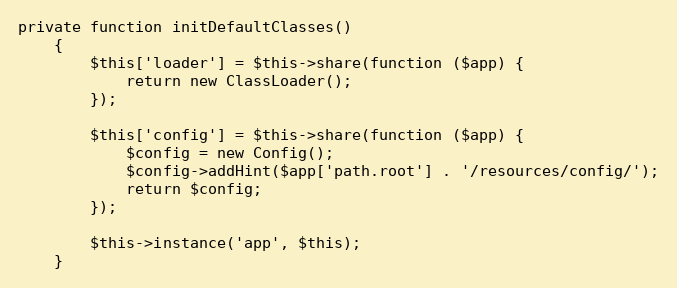
Language: PHP
private function initDefaultClasses()
	{
		$this['loader'] = $this->share(function ($app) {
			return new ClassLoader();
		});

		$this['config'] = $this->share(function ($app) {
			$config = new Config();
			$config->addHint($app['path.root'] . '/resources/config/');
			return $config;
		});

		$this->instance('app', $this);
	}